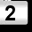
Digit: 2